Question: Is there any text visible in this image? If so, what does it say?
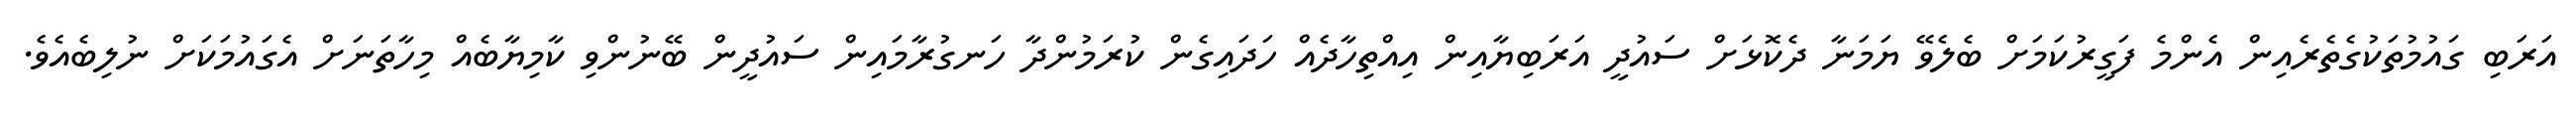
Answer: އަރަބި ގައުމުތަކުގެތެރެއިން އެންމެ ފަގީރުކަމަށް ބެލެވޭ ޔަމަނާ ދެކޮޅަށް ސައުދީ އަރަބިޔާއިން އިއްތިހާދެއް ހަދައިގެން ކުރަމުންދާ ހަނގުރާމައިން ސައުދީން ބޭނުންވި ކާމިޔާބެއް މިހާތަނަށް އެގައުމަކަށް ނުލިބެއެވެ.